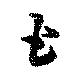
玉